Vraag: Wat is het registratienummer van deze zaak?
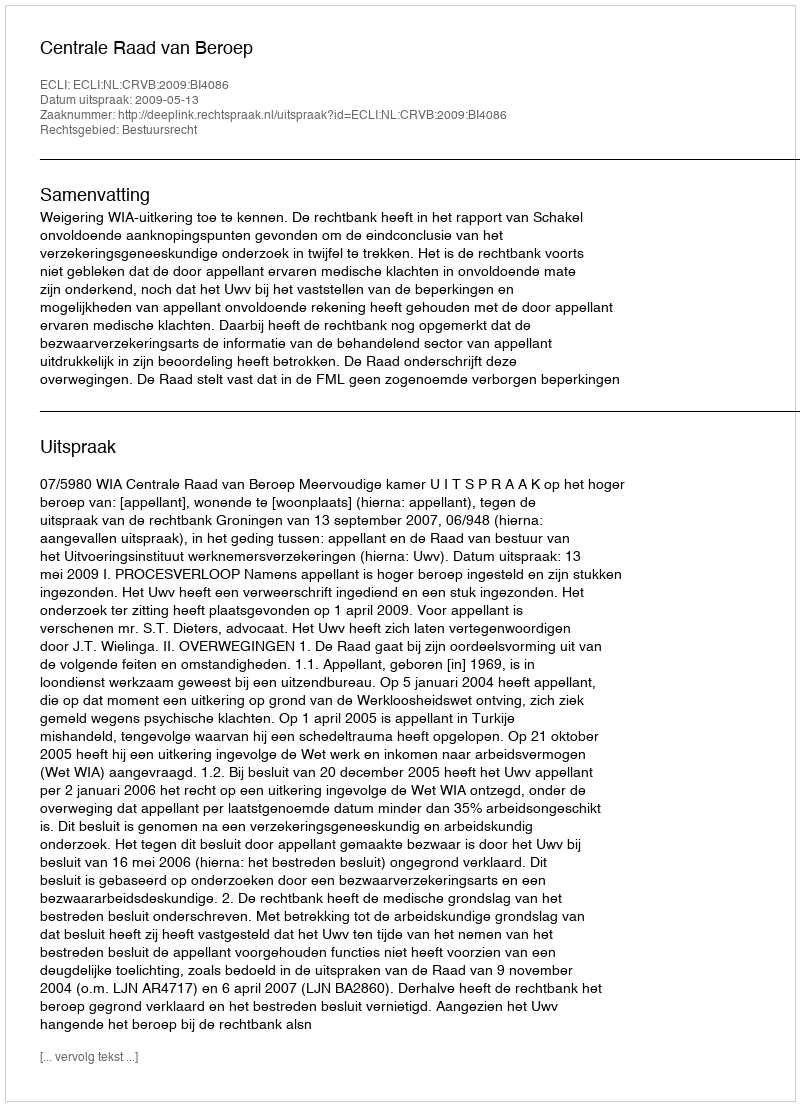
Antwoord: http://deeplink.rechtspraak.nl/uitspraak?id=ECLI:NL:CRVB:2009:BI4086